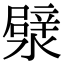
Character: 㵨